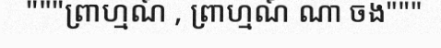
"""ព្រាហ្មណ៍ , ព្រាហ្មណ៍ ណា ចង"""